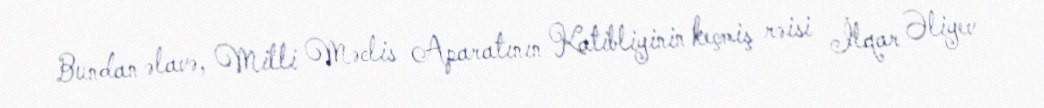
Bundan əlavə, Milli Məclis Aparatının Katibliyinin keçmiş rəisi İlqar Əliyev